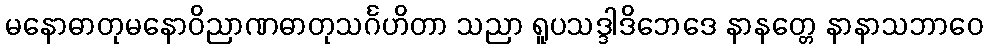
မနောဓာတုမနောဝိညာဏဓာတုသင်္ဂဟိတာ သညာ ရူပသဒ္ဒါဒိဘေဒေ နာနတ္တေ နာနာသဘာဝေ